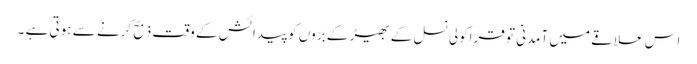
اس علاقے میں آمدنی تو قراکولی نسل کے بھیڑ کے برّوں کو پیدائش کے وقت ذبح کرنے سے ہوتی ہے ۔